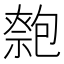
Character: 𠤃